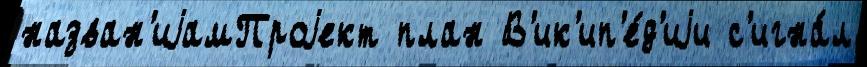
назван'иjамПроjект план В'ик'ип'е́д'иjи с'игна́л